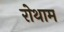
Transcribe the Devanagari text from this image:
रोथाम